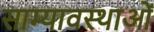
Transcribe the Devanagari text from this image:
साम्यावस्थाओं